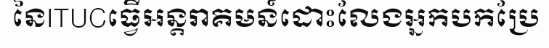
នៃITUCធ្វើអន្តរាគមន៍ដោះលែងអ្នកបកប្រែ